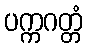
ပက္ကဂတ္တံ